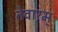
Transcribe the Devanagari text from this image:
तेवारम्‌